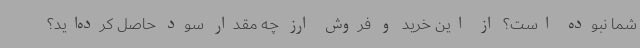
شما نبوده است؟ از این خرید و فروش ارز چه مقدار سود حاصل کرده‌اید؟